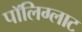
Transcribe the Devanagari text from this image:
पॉलिग्लाट